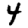
Digit: 4